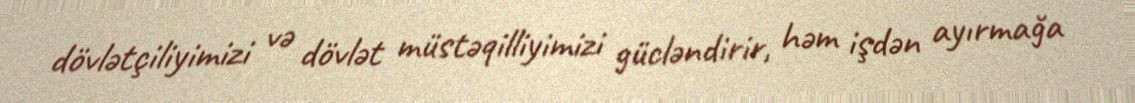
dövlətçiliyimizi və dövlət müstəqilliyimizi gücləndirir, həm işdən ayırmağa